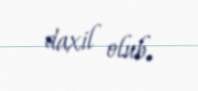
daxil olub.